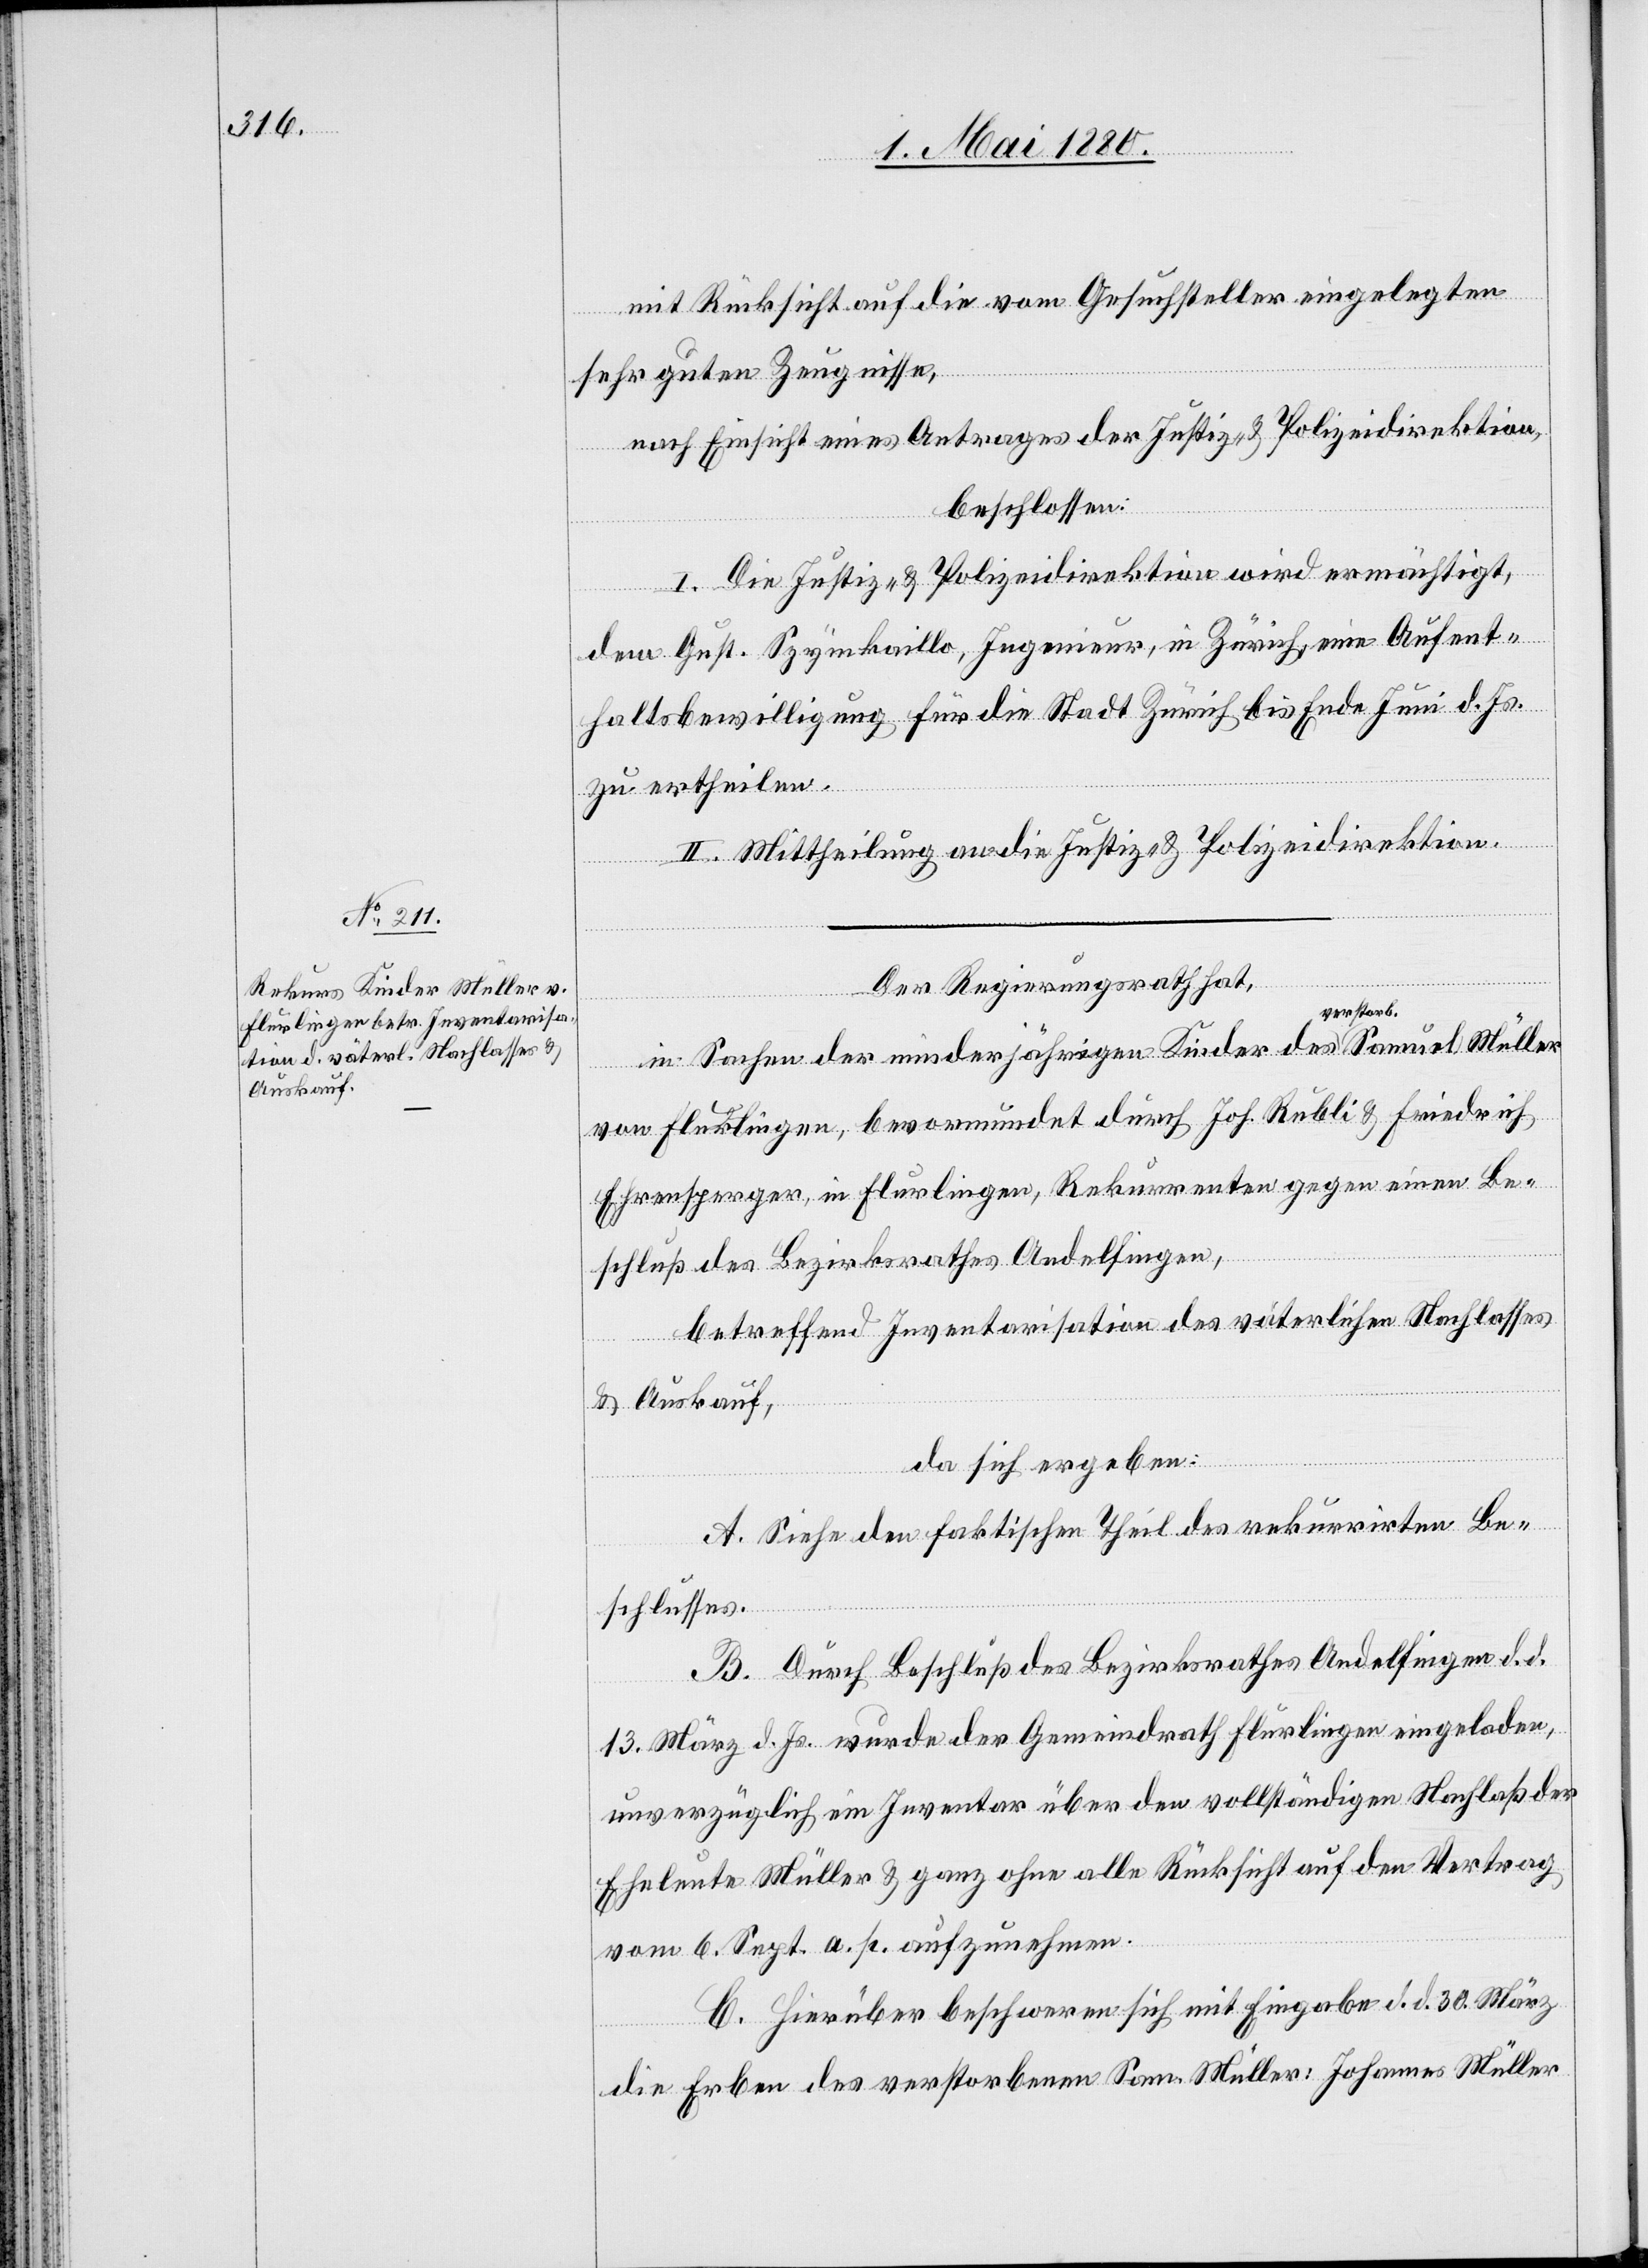
mit Rücksicht auf die vom Gesuchsteller eingelegten
sehr guten Zeugnisse,
nach Einsicht eines Antrages der Justiz- & Polizeidirektion,
beschlossen:
I. Die Justiz- & Polizeidirektion wird ermächtigt,
dem Gust. Szynkaillo, Ingenieur, in Zürich, eine Aufent¬
haltsbewilligung für die Stadt Zürich bis Ende Juni d. Js.
zu ertheilen.
II. Mittheilung an die Justiz- & Polizeidirektion.
Der Regierungsrath hat,
in Sachen der minderjährigen Kinder des verstor¬
b.
von Flurlingen, bevormundet durch Joh. Rubli & Friedrich
Ehrensperger, in Flurlingen, Rekurrenten gegen einen Be¬
schluß des Bezirksrathes Andelfingen,
betreffend Inventarisation des väterlichen Nachlasses
& Auskauf,
da sich ergeben:
A. Siehe den faktischen Theil des rekurrirten Be¬
schlusses.
B. Durch Beschluß des Bezirksrathes Andelfingen d. d.
13. März d. Js. wurde der Gemeindrath Flurlingen eingeladen,
unverzüglich ein Inventar über den vollständigen Nachlaß der
Eheleute Müller & ganz ohne alle Rücksicht auf den Vertrag
vom 6. Sept. a. p. aufzunehmen.
C. Hierüber beschweren sich mit Eingabe d. d. 30. März
die Erben des verstorbenen Sam. Müller: Johannes Müller